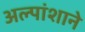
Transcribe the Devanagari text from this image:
अल्पांशाने